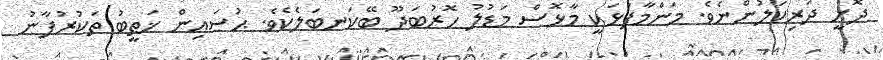
ދޮށީ ދަރިކަލުންނެވެ. މަންމާފުޅަކީ މާޅޮސް މަޑުލު ހޮރުބަދޫ ބޭކަނބަލެކެވެ. ޙުސައިން ޚަޠީބު ތަކުރުފާނު